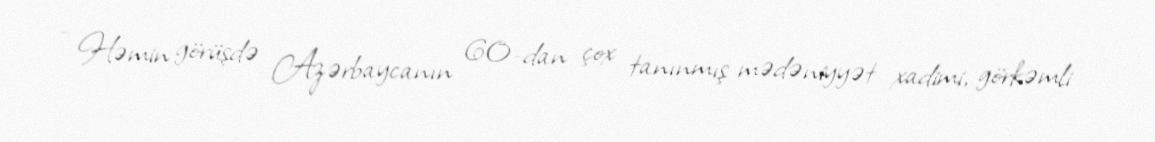
- Həmin görüşdə Azərbaycanın 60-dan çox tanınmış mədəniyyət xadimi, görkəmli